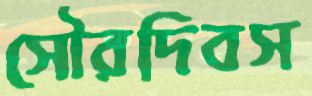
সৌরদিবস